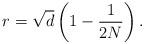
LaTeX: \begin{align*}r = \sqrt{d} \left( 1 - \frac{1}{2N} \right).\end{align*}